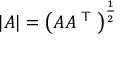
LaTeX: | A | = \left( A A ^ { \textsf { T } } \right) ^ { \frac { 1 } { 2 } }